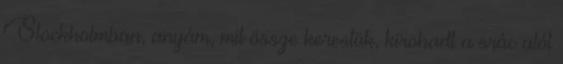
Stockholmban, anyám, mit össze kerestük, kirohadt a srác alól